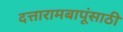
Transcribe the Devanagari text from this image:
दत्तारामबापूंसाठी